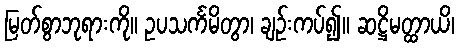
မြတ်စွာဘုရားကို။ ဥပသင်္ကမိတွာ၊ ချဉ်းကပ်၍။ ဆဋ္ဌိမတ္ထာယိ၊